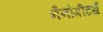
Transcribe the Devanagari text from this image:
नैनोमीटर्स